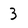
Character: 3